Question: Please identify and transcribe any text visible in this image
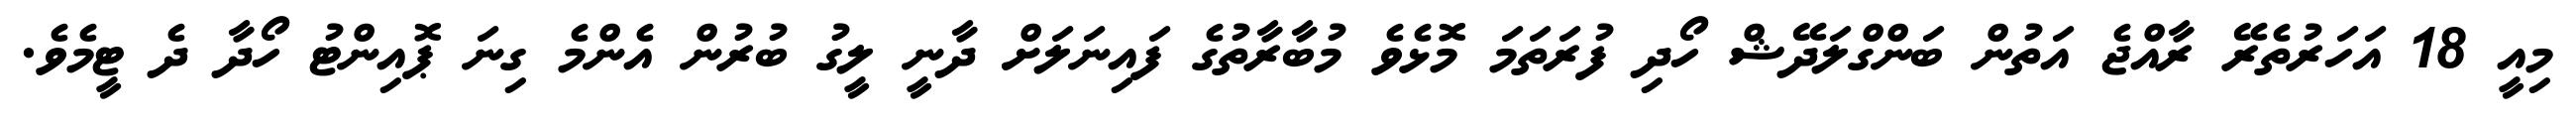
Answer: މިއީ 18 އަހަރުތެރޭ ރާއްޖެ އަތުން ބަންގްލަދޭޝް ހޯދި ފުރަތަމަ މޮޅެވެ މުބާރާތުގެ ފައިނަލަށް ދާނީ ލީގު ބުރުން އެންމެ ގިނަ ޕޮއިންޓު ހޯދާ ދެ ޓީމެވެ.